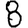
Digit: 8